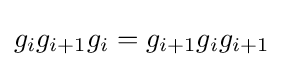
g_{i}g_{i+1}g_{i}=g_{i+1}g_{i}g_{i+1}